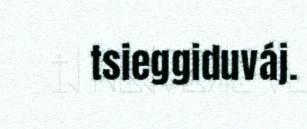
tsieggiduváj.